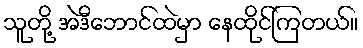
သူတို့ အဲဒီဘောင်ထဲမှာ နေထိုင်ကြတယ်။